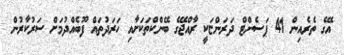
އޭގެ ތެރެއިން 41 ޕަސެންޓް ދަރަންޏަކީ ރާއްޖޭގެ ބޭންކްތަކަށާއި ހަރަދުތައް ފޫބެއްދުމަށް ސަރުކާރުން